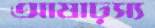
আষাঢ়স্য